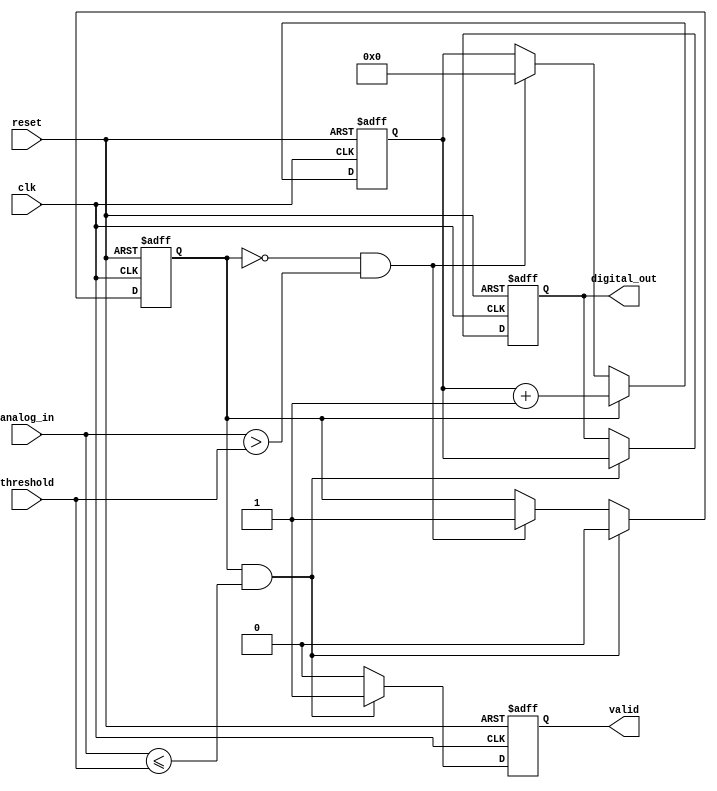
module ATDC (
    input wire clk,              // High-frequency sampling clock
    input wire reset,            // Asynchronous reset
    input wire [11:0] analog_in, // 12-bit analog input signal
    input wire [11:0] threshold,  // 12-bit threshold value
    output reg [15:0] digital_out, // 16-bit digital output
    output reg valid             // Output valid signal
);

    // Internal signals
    reg counting;                // Counting state
    reg [15:0] counter;          // Counter to measure time interval
    reg start_measurement;       // Signal to start measurement

    // State machine for measurement control
    always @(posedge clk or posedge reset) begin
        if (reset) begin
            counter <= 16'b0;
            counting <= 1'b0;
            valid <= 1'b0;
            digital_out <= 16'b0;
            start_measurement <= 1'b0;
        end else begin
            // Threshold detection
            if (!counting && analog_in > threshold) begin
                // Start counting when analog signal crosses the threshold
                counting <= 1'b1;
                counter <= 16'b0; // Reset counter
            end

            // Counting logic
            if (counting) begin
                counter <= counter + 1; // Increment counter
            end

            // Stop counting on the next clock edge after threshold crossing
            if (counting && (analog_in <= threshold)) begin
                counting <= 1'b0; // Stop counting
                digital_out <= counter; // Latch the counter value
                valid <= 1'b1; // Set valid signal
            end else if (valid) begin
                valid <= 1'b0; // Reset valid signal after reading
            end
        end
    end

endmodule